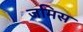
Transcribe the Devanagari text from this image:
जमिस